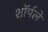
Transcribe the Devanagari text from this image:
शॉर्पले